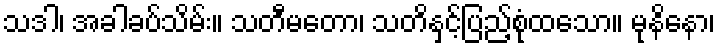
သဒါ၊ အခါခပ်သိမ်း။ သတီမတော၊ သတိနှင့်ပြည့်စုံထသော။ မုနိနော၊